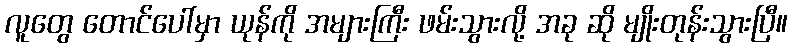
လူတွေ တောင်ပေါ်မှာ ယုန်ကို အများကြီး ဖမ်းသွားလို့ အခု ဆို မျိုးတုန်းသွားပြီ။